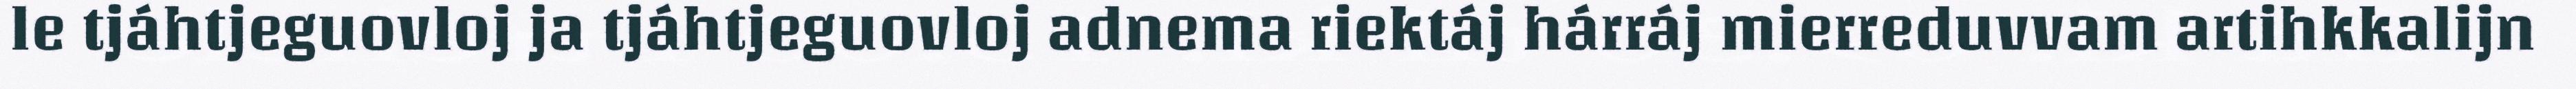
le tjáhtjeguovloj ja tjáhtjeguovloj adnema riektáj hárráj mierreduvvam artihkkalijn